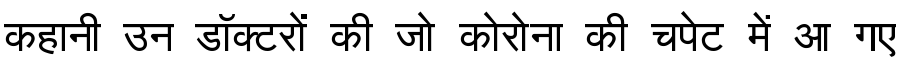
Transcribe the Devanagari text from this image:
कहानी उन डॉक्टरों की जो कोरोना की चपेट में आ गए